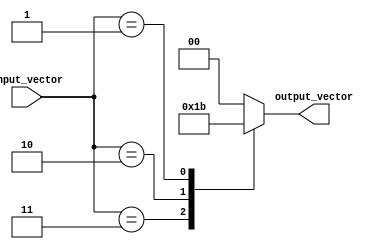
module priority_case_statement (
    input [2:0] input_vector,
    output reg [1:0] output_vector
);

always @*
begin
    case(input_vector)
        3'b100: output_vector = 2'b00;   // highest priority condition
        3'b011: output_vector = 2'b01;
        3'b010: output_vector = 2'b10;
        3'b001: output_vector = 2'b11;   // lowest priority condition
        default: output_vector = 2'b00;  // default behavior
    endcase
end

endmodule